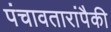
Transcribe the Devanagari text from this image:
पंचावतारांपैकी